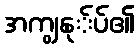
အကျွနု်ပ်၏